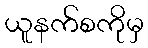
ယူနက်စကိုမှ